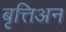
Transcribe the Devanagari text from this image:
बृत्तिअन